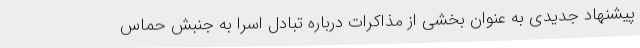
پیشنهاد جدیدی به عنوان بخشی از مذاکرات درباره تبادل اسرا به جنبش حماس